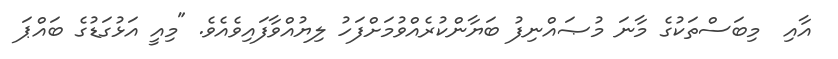
އާއި  މިބަސްތަކުގެ މާނަ މުޞައްނިފު ބަޔާންކުރެއްވުމަށްފަހު ލިޔުއްވާފައިވެއެވެ. "މިއީ އަޅުގަޑުގެ ބައްޕަ